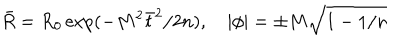
\bar { R } = R _ { 0 } \exp ( - M ^ { 2 } \bar { t } ^ { 2 } / 2 n ) , \quad \left| \phi \right| = \pm M \sqrt { 1 - 1 / n }